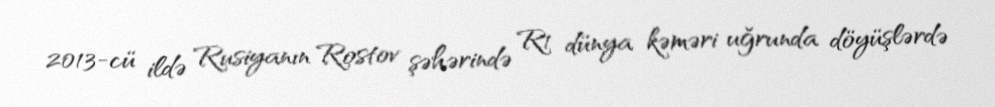
2013-cü ildə Rusiyanın Rostov şəhərində R1 dünya kəməri uğrunda döyüşlərdə